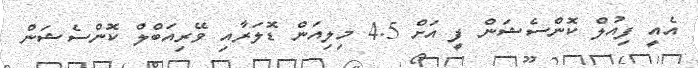
އެއީ ފިއުލް ކޮންސެޝަން ފީ އަށް 4.5 މިލިއަން ޑޮލަރާއި ވޭރިއަބްލް ކޮންސެޝަން